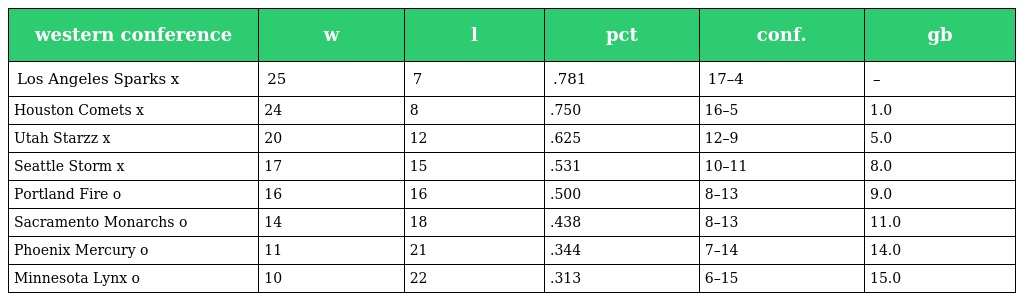
| western conference | w | l | pct | conf. | gb |
 | --- | --- | --- | --- | --- | --- |
 | Los Angeles Sparks x | 25 | 7 | .781 | 17–4 | – |
 | Houston Comets x | 24 | 8 | .750 | 16–5 | 1.0 |
 | Utah Starzz x | 20 | 12 | .625 | 12–9 | 5.0 |
 | Seattle Storm x | 17 | 15 | .531 | 10–11 | 8.0 |
 | Portland Fire o | 16 | 16 | .500 | 8–13 | 9.0 |
 | Sacramento Monarchs o | 14 | 18 | .438 | 8–13 | 11.0 |
 | Phoenix Mercury o | 11 | 21 | .344 | 7–14 | 14.0 |
 | Minnesota Lynx o | 10 | 22 | .313 | 6–15 | 15.0 |